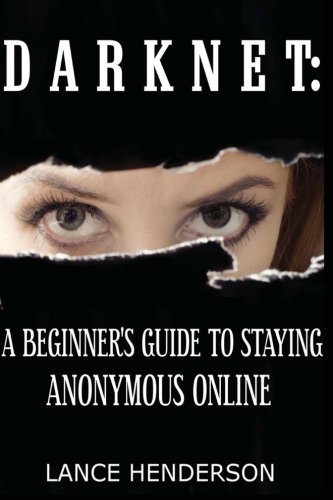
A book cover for Darknet: A Beginner's Guide to Staying Anonymous Online; Lance Henderson; Computers & Technology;